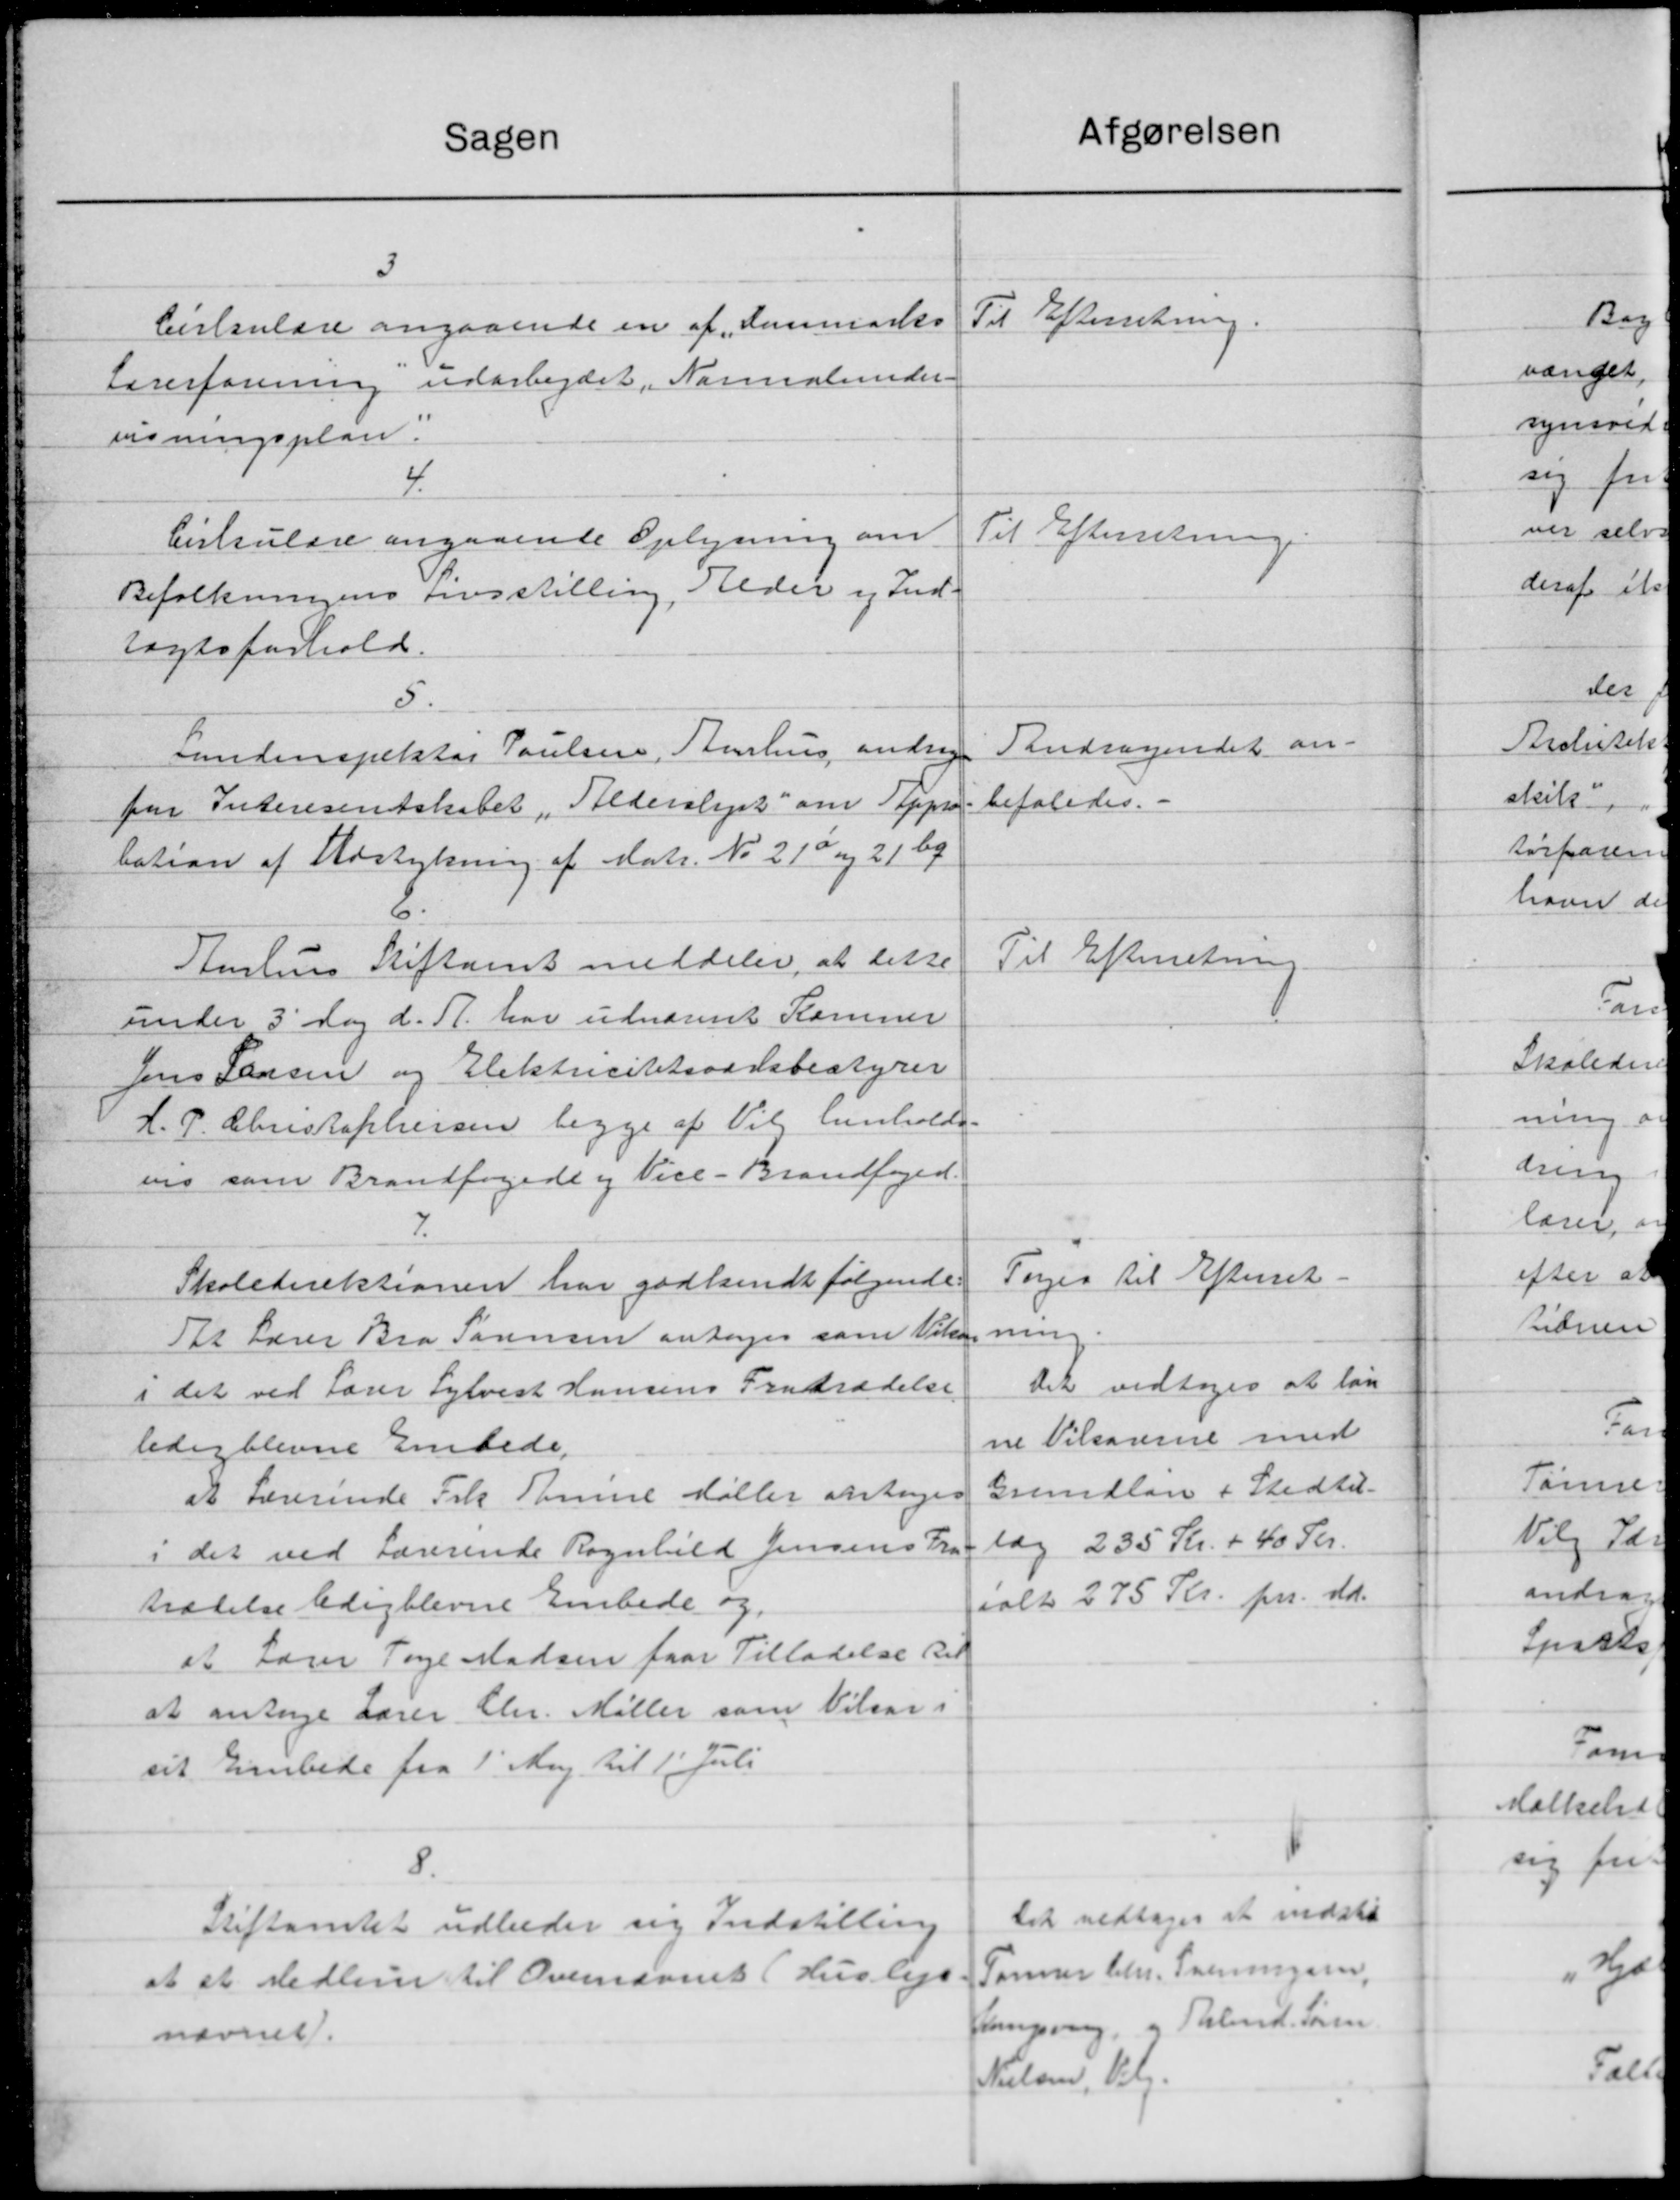
Transskription:
Sagen
3
Cirkulære angaaende en af „Danmarks
Lærerforening udarbejdet, Nammalunder-
visningsplan.
4.
Cirkulære angaaende Oplysning om
Befolkningens tovsstilling, Heder og Ind-
tægtsforhold.
5.
Landinspektør Poulsen, Aarhus andragen
for Interesentskabet Alderslyst om Appro
bation af Udstykning af Matr. No 21a og 21 by
6.
Aurhuus Stiftamt meddeler, at dette
under 3' dag d. A. har udnævnet Kommer
Jens Jensen og Elektricitetsvarsbestyrer
H. P. Christophersen begge af Vil henholds-
ens som Brandfogede og Vice-Brandfoged.
7.
Skoledirektionen har godkendt følgende.
Til Lærer Bra Sørensen antages som Vikar
i det ved Lærer Sylvest Hansens Fratrædelse
ledig blevne Embede.
at Lærerinde Frk Panne Møller antoges
i det ved Lærerinde Regnbild Jensens Fra-
trædelse ledigblevne Embede og
at Lærer Tage Madsen faar Tilladelse til
at antage Lærer Chr. Møller som Vilsar i
sit Embede fra 1' Maj til 1' Juli
8.
Stiftamtet udbeder sig Indstilling
at et Medlem til Ovennævnet (Husleje
nævnet.